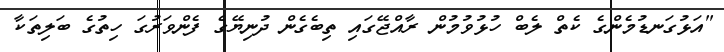
"އަޅުގަނޑުމެންގެ ކެތް ލެބް ހުޅުވުމުންް ރާއްޖޭގައި ތިބެގެން ދުނިޔޭގެ ފެންވަރުގަ ހިތުގެ ބަލިތަކާ